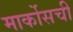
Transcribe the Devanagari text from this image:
मार्कोसची